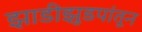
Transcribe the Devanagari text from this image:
झाडीझुडपांतून